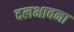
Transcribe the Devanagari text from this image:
दलभावना